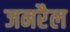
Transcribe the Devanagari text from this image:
जनरैल